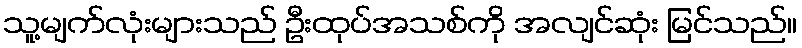
သူ့မျက်လုံးများသည် ဦးထုပ်အသစ်ကို အလျင်ဆုံး မြင်သည်။